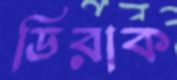
ডিরাক